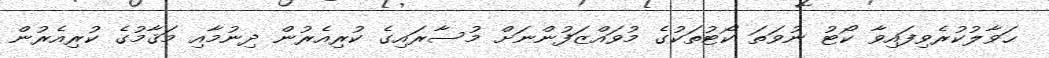
ޙަވާލުކުރެވިފައިވާ ކޯޓު ނުވަތަ ކޯޓުތަކުގެ މުވައްޒަފުންނަށް މުސާރައިގެ ކުރިއެރުން ދިނުމާއި މަޤާމުގެ ކުރިއެރުން